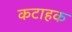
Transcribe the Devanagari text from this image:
कटाहक